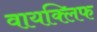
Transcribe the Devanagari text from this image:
वायक्लिफ